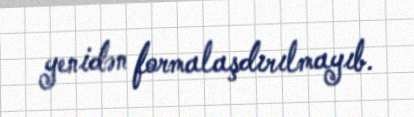
yenidən formalaşdırılmayıb.